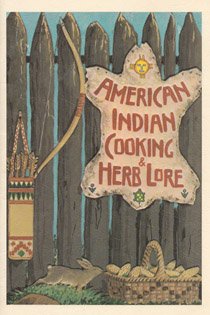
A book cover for American Indian Cooking and Herb Lore; Thomas B. Underwood; Cookbooks, Food & Wine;